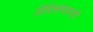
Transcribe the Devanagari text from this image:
विधिसंस्कारादि